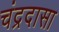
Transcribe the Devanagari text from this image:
चंद्रदासा